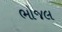
ભોજલ